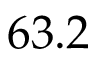
6 3 . 2